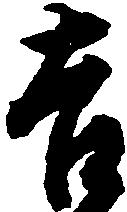
吉